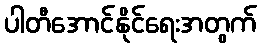
ပါတီအောင်နိုင်ရေးအတွက်